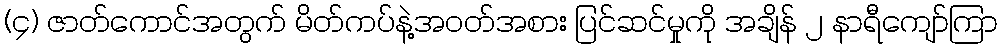
(၄) ဇာတ်ကောင်အတွက် မိတ်ကပ်နဲ့အဝတ်အစား ပြင်ဆင်မှုကို အချိန် ၂ နာရီကျော်ကြာ